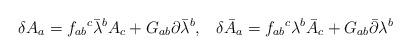
LaTeX: \begin{align*}\delta A_a=f_{ab}{}^c\bar\lambda^b A_c+G_{ab}\partial\bar\lambda^b,\hskip 10pt\delta \bar A_a=f_{ab}{}^c\lambda^b\bar A_c+G_{ab}\bar\partial\lambda^b\end{align*}